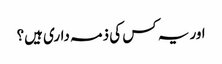
اور یہ کس کی ذمہ داری ہیں؟